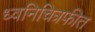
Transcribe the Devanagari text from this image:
ध्वनिचित्रफीत